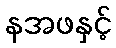
နအဖနှင့်